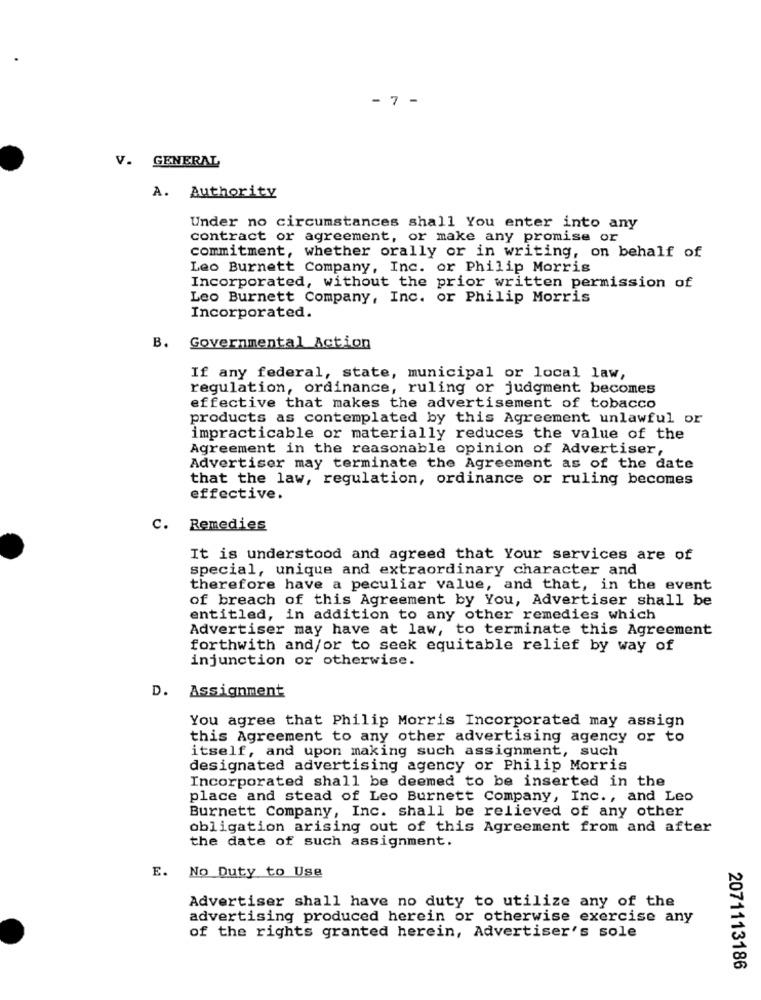
- 7 -
V. GENERAL
A. Authority
Under no circumstances shall You enter into any
contract or agreement, or make any promise or
commitment, whether orally or in writing, on behalf of
Leo Burnett Company, Inc. or Philip Morris
Incorporated, without the prior written permission of
Leo Burnett Company, Inc. or Philip Morris
Incorporated.
B. Governmental Action
If any federal, state, municipal or local law,
regulation, ordinance, ruling or judgment becomes
effective that makes the advertisement of tobacco
products as contemplated by this Agreement unlawful or
impracticable or materially reduces the value of the
Agreement in the reasonable opinion of Advertiser,
Advertiser may terminate the Agreement as of the date
that the law, regulation, ordinance or ruling becomes
effective.
C. Remedies
It is understood and agreed that Your services are of
special, unique and extraordinary character and
therefore have a peculiar value, and that, in the event
of breach of this Agreement by You, Advertiser shall be
entitled, in addition to any other remedies which
Advertiser may have at law, to terminate this Agreement
forthwith and/or to seek equitable relief by way of
injunction or otherwise.
D. Assignment
You agree that Philip Morris Incorporated may assign
this Agreement to any other advertising agency or to
itself, and upon making such assignment, such
designated advertising agency or Philip Morris
Incorporated shall be deemed to be inserted in the
place and stead of Leo Burnett Company, Inc ., and Leo
Burnett Company, Inc. shall be relieved of any other
obligation arising out of this Agreement from and after
the date of such assignment.
E. No Duty to Use
Advertiser shall have no duty to utilize any of the
advertising produced herein or otherwise exercise any
of the rights granted herein, Advertiser's sole
2071113186